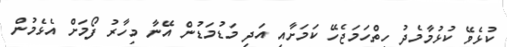
ކުޅެވޭ ކުޅުމާމެދު ހިތްހަމަޖެހޭ ކަމަށާއި އަދި މަޑުމަޑުން އޭނާ މިހާރު ފޯމަށް އެޅެމުން